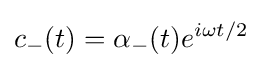
c_{-}(t)=\alpha _{-}(t)e^{i\omega t/2}